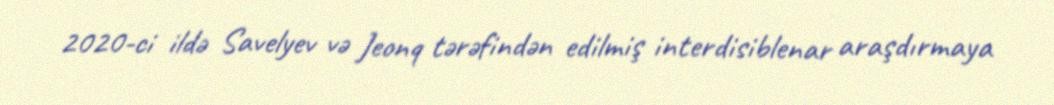
2020-ci ildə Savelyev və Jeonq tərəfindən edilmiş interdisiblenar araşdırmaya